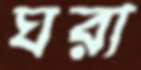
ঘরা